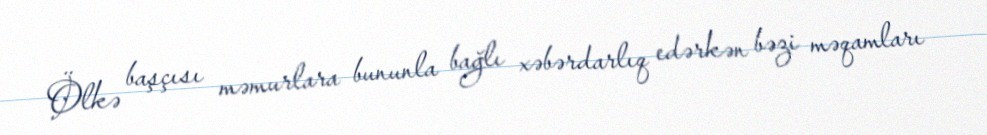
Ölkə başçısı məmurlara bununla bağlı xəbərdarlıq edərkən bəzi məqamları